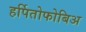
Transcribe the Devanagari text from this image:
हर्पितोफोबिअ